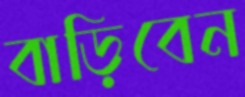
বাড়িবেন